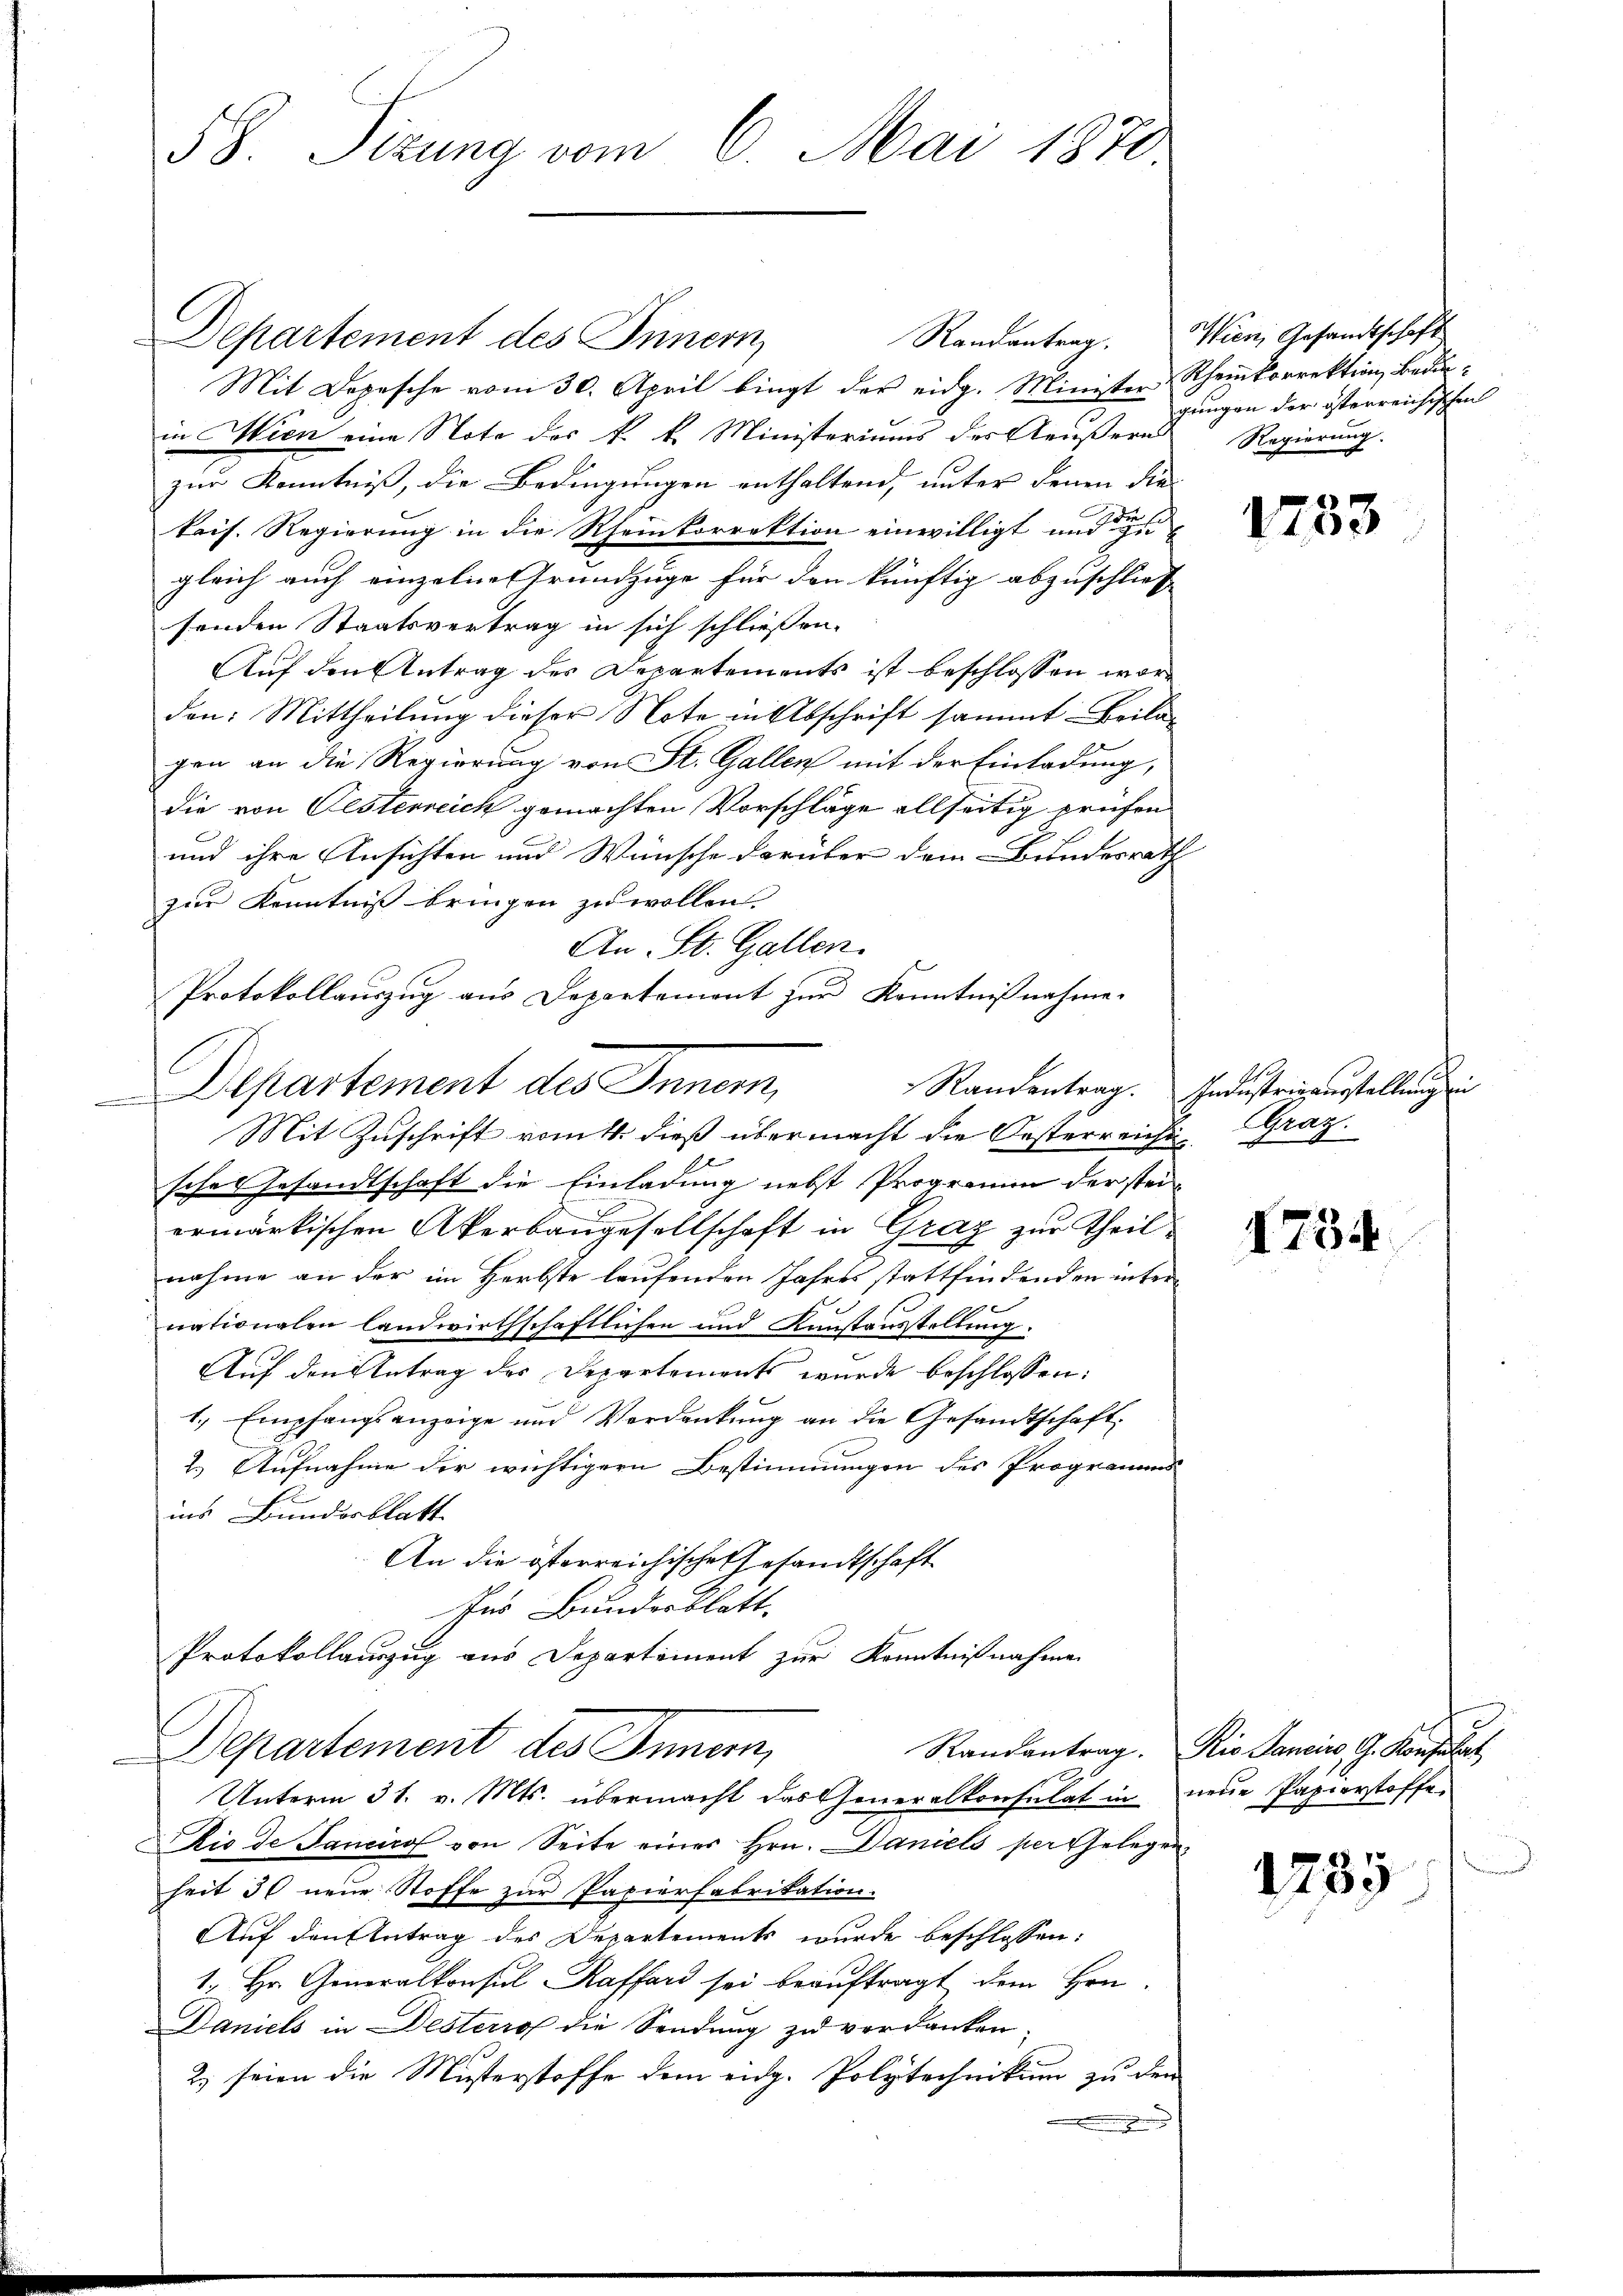
58. Sitzung vom 2. Mai 1870

Departement des Innern,
Randantrag
Mit Depesche vom 30. April bingt der eidg. Minister
in Wien eine Note des k. k. Ministeriums des Aeußern Regierung.
zur Kenntniß, die Bedingungen enthaltend, unter denen die
kais. Regierŭng in die Rheinkorrektion einwilligt und e
gleich auch einzelne Grundzüge für den künftig abzuschließ
senden Staatsvertrag in sich schließen.
Auf den Antrag des Departements ist beschlossen worden: Mittheilung dieser Note in Abschrift sammt Beilag
gen an die Regierung von St. Gallen mit der Einladung,
die von Oesterreich gemachten Vorschläge allseitig prüfen
und ihre Ansichten und Wünsche darüber dem Bundesrath
zur Kenntniß bringen zu wollen.
An St. Gallen.
1
Departement des Innern,
Mit Zuschrift vom 4. dieß übermacht die Oesterreiche
sches Gesandtschaft die Einladung nebst Programm der stei
ermärkischen Akerbaugesellschaft in Graz zur Theil
nahme an der im Herbste laufenden Jahres stattfindenden internationalen landwirthschaftlichen und Kunstausstellung.
Auf den Antrag des Departements wurde beschlossen:
1., Empfangsanzeige und Verdankung an die Gesandtschaft
2.) Aufnahme der wichtigern Bestimmungen des Programms
ins Bundesblatt
An die österreichische Gesandtschaft
Ins Bundesblatt.
Protokollauszug aus Departement zur Kenntnißnahme
Departement des Innern,
Randantrag. Die Sancino, G. Konsulat
d
Unterm 31. v. Mts. übermacht das Generalkonsulat in neue Papierstoffe
Dio de Sancirol von Seite eines Hrn. Daniels per Gelegenheit 30 neue Stoffe zur Papierfabrikation.
Auf den Antrag des Departements wurde beschlossen:
1. Hr. Generalkonsul Kaffend sei beauftragt dem Hrn.
Daniels in Desterrof die Sendung zu verdanken
2.) seien die Musterstoffe dem eidg. Polytechnikum zu den

Protokollauszug aus Departement zur Kenntnißnahme.

Wien, Gesandtschaft
Rheinkorrektion Bedingungen der österreichischen

1733

Randentrag. Industrieausstellung ein
Gra.
9
|

1734

1785